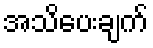
အသိပေးချက်